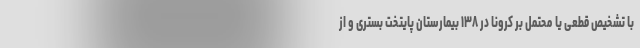
با تشخیص قطعی یا محتمل بر کرونا در ۱۳۸ بیمارستان پایتخت بستری و از